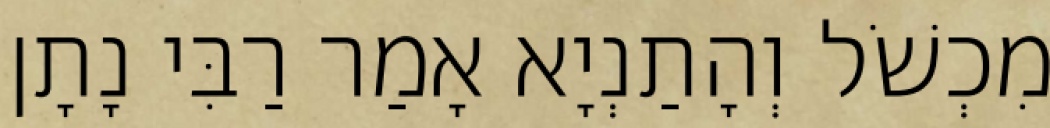
מִכְשֹׁל וְהָתַנְיָא אָמַר רַבִּי נָתָן